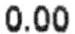
0.00